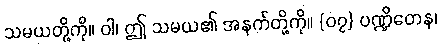
သမယတို့ကို။ ဝါ၊ ဤ သမယ၏ အနက်တို့ကို။ {၀၇} ပဏ္ဍိတေန၊